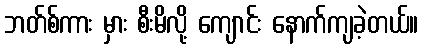
ဘတ်စ်ကား မှား စီးမိလို့ ကျောင်း နောက်ကျခဲ့တယ်။